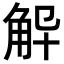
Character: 𮗨